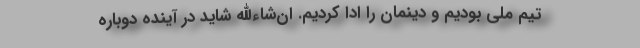
تیم ملی بودیم و دینمان را ادا کردیم. ان‌شاءالله شاید در آینده دوباره